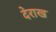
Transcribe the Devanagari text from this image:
देराख